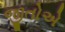
જીતોએ